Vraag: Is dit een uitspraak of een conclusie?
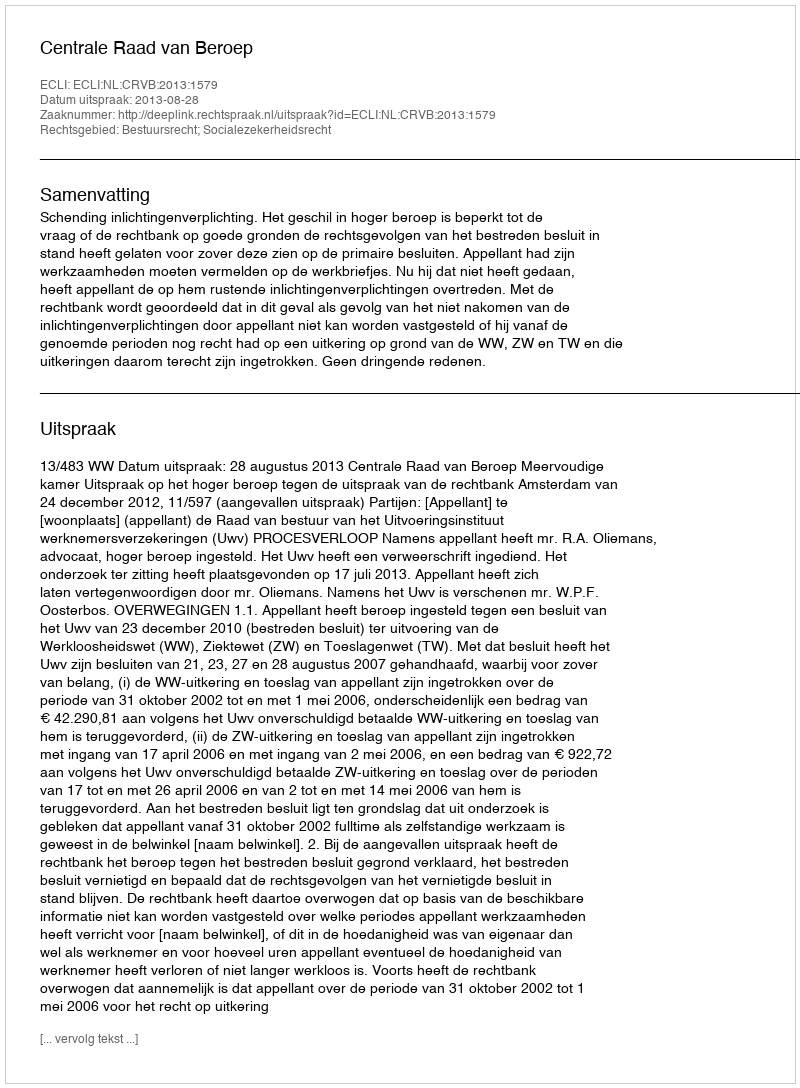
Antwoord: Uitspraak